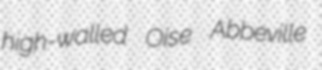
high-walled Oise Abbeville